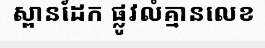
ស្ពានដែក ផ្លូវលំគ្មានលេខ